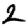
Digit: 2